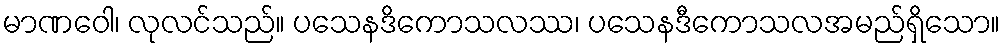
မာဏဝေါ၊ လုလင်သည်။ ပသေနဒိကောသလဿ၊ ပသေနဒီကောသလအမည်ရှိသော။